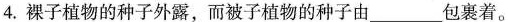
4.裸子植物的种子外露，而被子植物的种子由___包裹着。